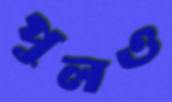
পুলও